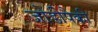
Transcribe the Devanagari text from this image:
जोडीपैकी